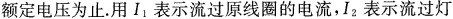
额定电压为止。用I_{1}表示流过原线圈的电流，I_{2}表示流过灯